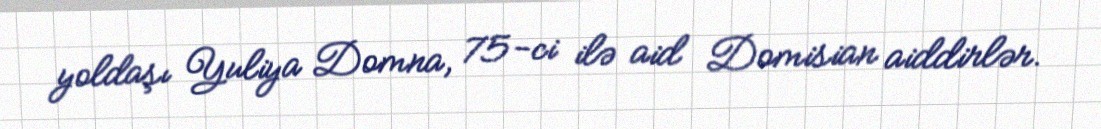
yoldaşı Yuliya Domna, 75-ci ilə aid Domisian aiddirlər.